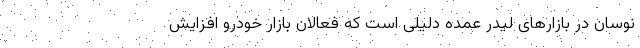
نوسان در بازارهای لیدر عمده دلیلی است که فعالان بازار خودرو افزایش